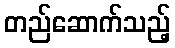
တည်ဆောက်သည့်